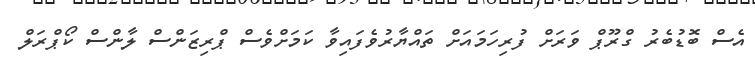
އެސް ބޮޑުބެރު ގްރޫޕް ވަރަށް ފުރިހަމައަށް ތައްޔާރުވެފައިވާ ކަމަށްވެސް ޕްރިޒަންސް ލާންސް ކޯޕްރަލް